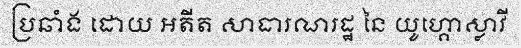
ប្រឆាំង ដោយ អតីត សាធារណរដ្ឋ នៃ យូហ្គោស្លាវី